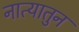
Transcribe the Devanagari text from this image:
नात्यातुन